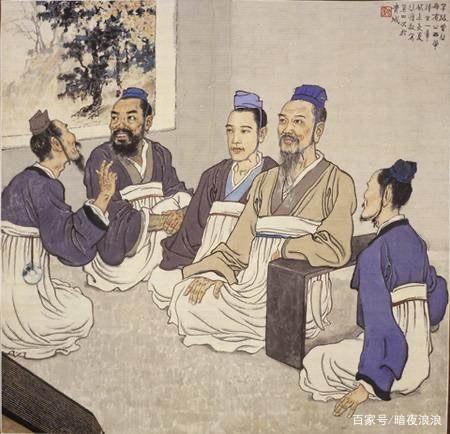
人之患，在好为人师。